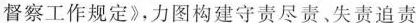
督察工作规定》，力图构建守责尽责、失责追责